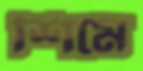
শিমে